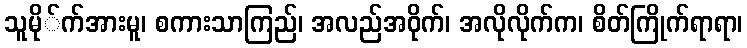
သူမို်က်အားမူ၊ စကားသာကြည်၊ အလည်အဝိုက်၊ အလိုလိုက်က၊ စိတ်ကြိုက်ရာရာ၊